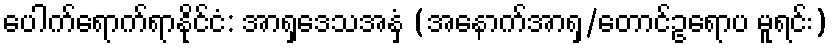
ပေါက်ရောက်ရာနိုင်ငံ: အာရှဒေသအနှံ့ (အနောက်အာရှ/တောင်ဥရောပ မူရင်း)